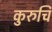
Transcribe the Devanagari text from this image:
कुरुचि